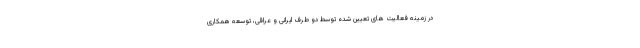
در زمینه فعالیت های تعیین شده توسط دو طرف ایرانی و عراقی، توسعه همکاری